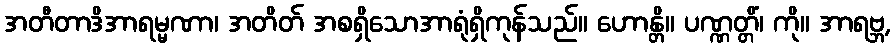
အတီတာဒိအာရမ္မဏာ၊ အတိတ် အစရှိသောအာရုံရှိကုန်သည်။ ဟောန္တိ။ ပဏ္ဏတ္တိံ၊ ကို။ အာရဗ္ဘ,